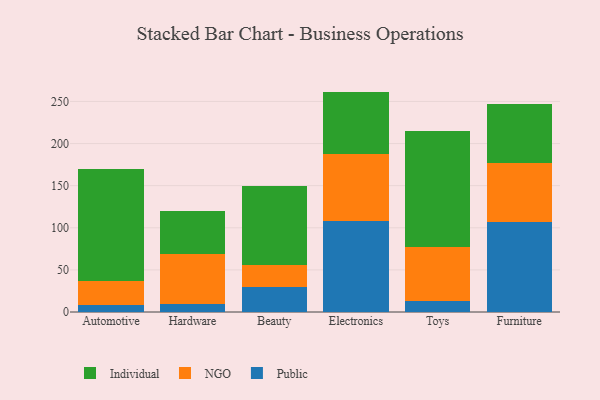
{"axis": {"x": "Category", "y": "Energy Usage (MWh)"}, "legend": ["Individual", "NGO", "Public"], "data": [{"x": "Automotive", "y": 8.3, "type": "Public"}, {"x": "Automotive", "y": 28.5, "type": "NGO"}, {"x": "Automotive", "y": 132.9, "type": "Individual"}, {"x": "Hardware", "y": 9.8, "type": "Public"}, {"x": "Hardware", "y": 58.6, "type": "NGO"}, {"x": "Hardware", "y": 51.0, "type": "Individual"}, {"x": "Beauty", "y": 29.4, "type": "Public"}, {"x": "Beauty", "y": 26.7, "type": "NGO"}, {"x": "Beauty", "y": 93.1, "type": "Individual"}, {"x": "Electronics", "y": 108.1, "type": "Public"}, {"x": "Electronics", "y": 79.8, "type": "NGO"}, {"x": "Electronics", "y": 73.8, "type": "Individual"}, {"x": "Toys", "y": 12.9, "type": "Public"}, {"x": "Toys", "y": 64.0, "type": "NGO"}, {"x": "Toys", "y": 138.3, "type": "Individual"}, {"x": "Furniture", "y": 106.9, "type": "Public"}, {"x": "Furniture", "y": 70.2, "type": "NGO"}, {"x": "Furniture", "y": 70.4, "type": "Individual"}]}